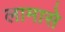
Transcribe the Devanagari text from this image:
लामासे